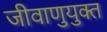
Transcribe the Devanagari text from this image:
जीवाणुयुक्त